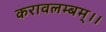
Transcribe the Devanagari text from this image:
करावलम्बम्।।